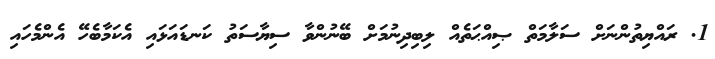
1. ރައްޔިތުންނަށް ސަލާމަތް ޞިއްޙަތެއް ލިބިދިނުމަށް ބޭނުންވާ ސިޔާސަތު ކަނޑައަޅައި އެކަމާބެހޭ އެންމެހައި